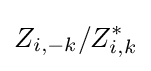
Z_{i,-k}/Z_{i,k}^{*}